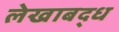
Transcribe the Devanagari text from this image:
लेखाबद्ध